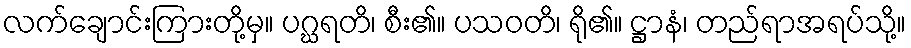
လက်ချောင်းကြားတို့မှ။ ပဂ္ဃရတိ၊ စီး၏။ ပသဝတိ၊ ရို၏။ ဋ္ဌာနံ၊ တည်ရာအရပ်သို့။